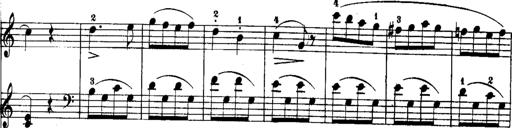
Title: Rondos and Sonatinas for Pianoforte
Composer: Daniel Steibelt